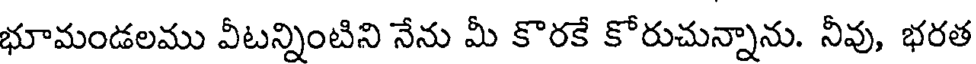
భూమండలము వీటన్నింటిని నేను మీ కొరకే కోరుచున్నాను. నీవు, భరత